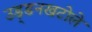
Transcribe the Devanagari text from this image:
उड़्डनखटोले